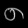
Digit: ၈